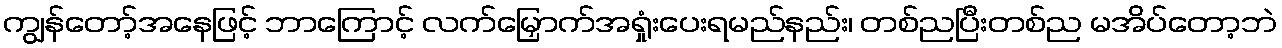
ကျွန်တော့်အနေဖြင့် ဘာကြောင့် လက်မြှောက်အရှုံးပေးရမည်နည်း၊ တစ်ညပြီးတစ်ည မအိပ်တော့ဘဲ